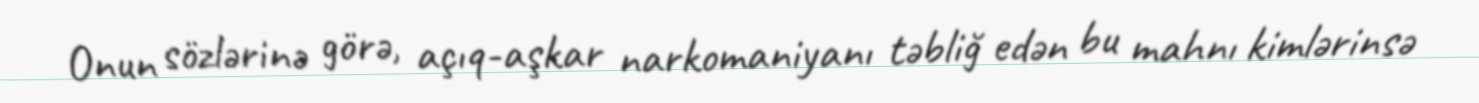
Onun sözlərinə görə, açıq-aşkar narkomaniyanı təbliğ edən bu mahnı kimlərinsə